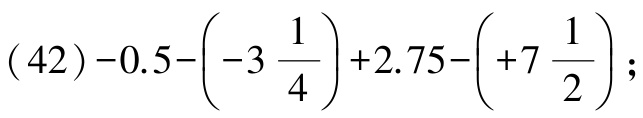
\((42)-0.5-\left(-3\frac{1}{4}\right)+2.75-\left(+7\frac{1}{2}\right);\)